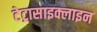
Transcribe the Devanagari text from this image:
टेट्रासाइक्लाइन